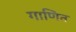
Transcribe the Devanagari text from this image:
गाणित